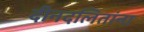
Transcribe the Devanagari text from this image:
दीनदलितांना